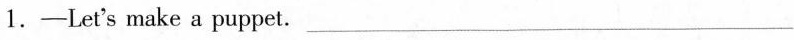
1.-Let's make a puppet. ___